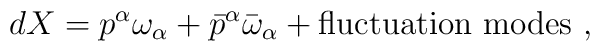
dX = p^\alpha \omega_\alpha +\bar{p}^\alpha \bar{\omega}_\alpha + {\rm fluctuation ~ modes} ~ ,